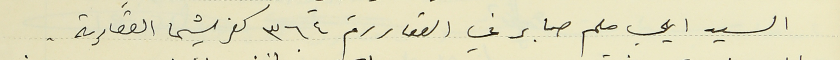
السيد ايلي ملحم صابر في العقار رقم ٣٦٤ كفرشيما العقارية.